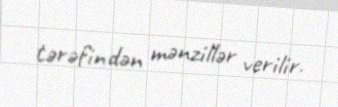
tərəfindən mənzillər verilir.